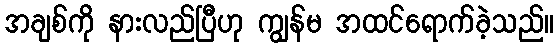
အချစ်ကို နားလည်ပြီဟု ကျွန်မ အထင်ရောက်ခဲ့သည်။